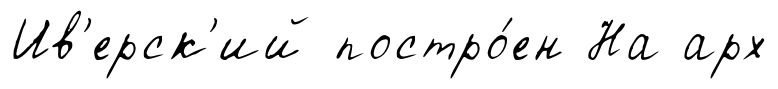
Ив'ерск'ий постро́ен На арх